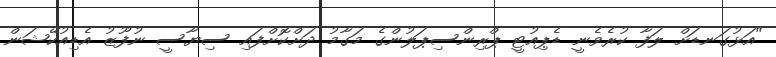
"އަޅުގަނޑަށް ލަފާ ކުރެވެނީ ޑެޕިއުޓީ ޕްރިންސިޕަލުންގެ މަގާމު ދަށްކޮށްފައި ސިޔާސީ ނުފޫޒު އެޑިއުކޭޝަން